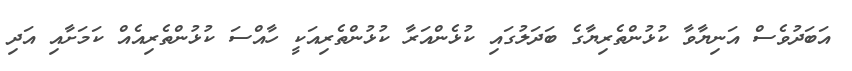
އަބަދުވެސް އަނިޔާވާ ކުޅުންތެރިޔާގެ ބަދަލުގައި ކުޅެންއަރާ ކުޅުންތެރިއަކީ ހާއްސަ ކުޅުންތެރިއެއް ކަމަށާއި އަދި